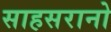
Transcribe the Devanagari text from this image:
साहसरानो